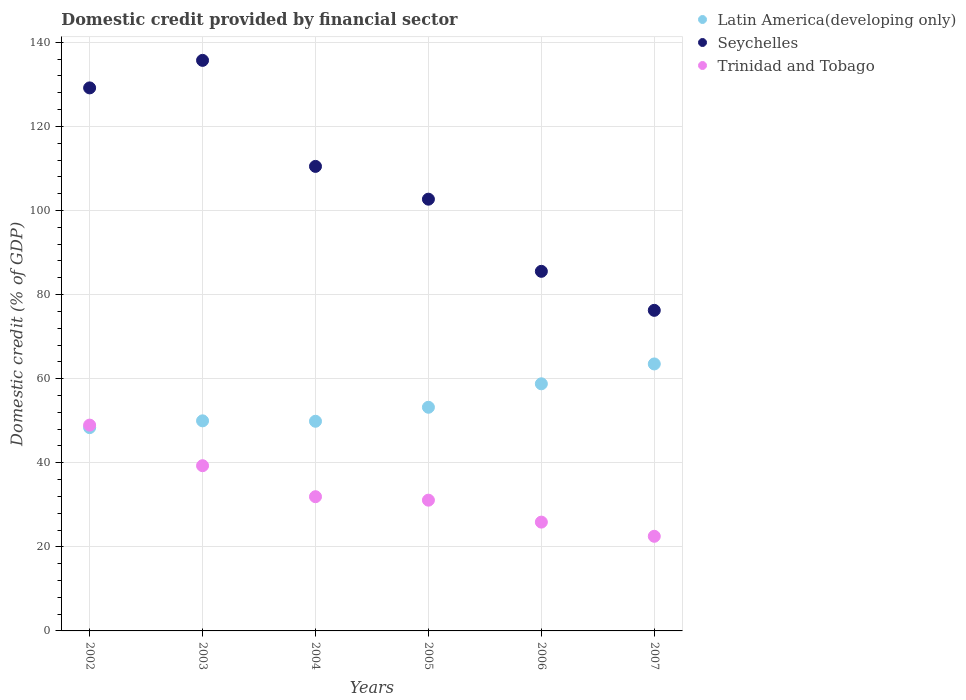
| Years | Latin America(developing only) | Seychelles | Trinidad and Tobago |
 | --- | --- | --- | --- |
 | 2002 | 48.4 | 129 | 49 |
 | 2003 | 50 | 136 | 39.3 |
 | 2004 | 49.9 | 110 | 31.9 |
 | 2005 | 53.2 | 103 | 31.1 |
 | 2006 | 58.8 | 85.5 | 25.9 |
 | 2007 | 63.5 | 76.3 | 22.5 |